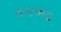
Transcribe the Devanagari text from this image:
तास्कंद